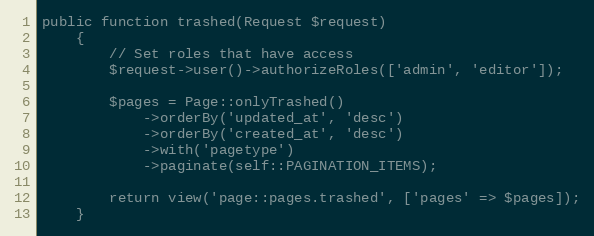
Language: PHP
public function trashed(Request $request)
    {
        // Set roles that have access
        $request->user()->authorizeRoles(['admin', 'editor']);

        $pages = Page::onlyTrashed()
            ->orderBy('updated_at', 'desc')
            ->orderBy('created_at', 'desc')
            ->with('pagetype')
            ->paginate(self::PAGINATION_ITEMS);

        return view('page::pages.trashed', ['pages' => $pages]);
    }